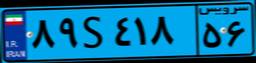
۸۹S۴۱۸۵۶